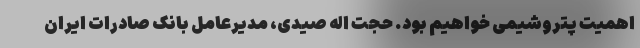
اهمیت پتروشیمی خواهیم بود. حجت اله صیدی، مدیرعامل بانک صادرات ایران